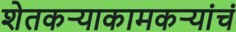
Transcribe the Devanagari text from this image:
शेतकऱ्याकामकऱ्यांचं